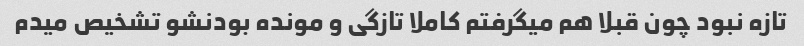
تازه نبود چون قبلا هم میگرفتم کاملا تازگی و مونده بودنشو تشخیص میدم